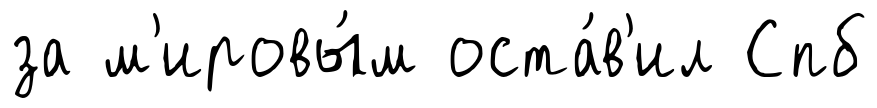
за м'ировы́м оста́в'ил Спб